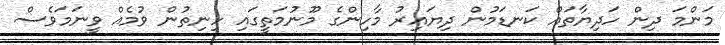
މަންމަ ދިން ހަދިޔާތައް ކަނޑަމުން ދިޔައިރު މާހިންގެ މޫނުމަތީގައި ހިނިތުން ވުމެއް ވީނަމަވެސް